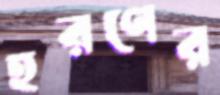
হরণের